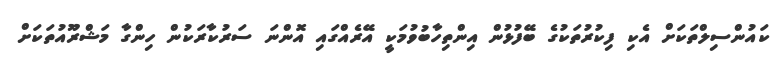
ކައުންސިލްތަކަށް އެކި ފިކުރުތަކުގެ ބޭފުޅުން އިންތިހާބުވުމަކީ އޭރެއްގައި އޮންނަ ސަރުކާރަކުން ހިންގާ މަޝްރޫއުތަކަށް